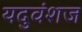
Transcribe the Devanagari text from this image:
यदुवंशज